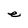
Character: e